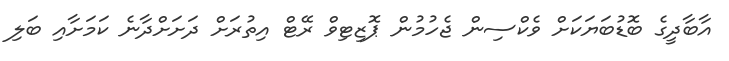
އާބާދީގެ ބޮޑުބަޔަކަށް ވެކްސިން ޖެހުމުން ޕޮޒިޓިވް ރޭޓް އިތުރަށް ދަށަށްދާނެ ކަމަށާއި ބަލި